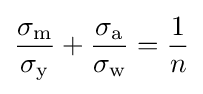
{\frac {\sigma _{\text{m}}}{\sigma _{\text{y}}}}+{\frac {\sigma _{\text{a}}}{\sigma _{\text{w}}}}={\frac {1}{n}}